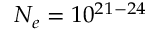
N _ { e } = 1 0 ^ { 2 1 - 2 4 }